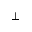
\perp